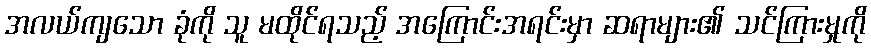
အလယ်ကျသော ခုံကို သူ မထိုင်ရသည့် အကြောင်းအရင်းမှာ ဆရာများ၏ သင်ကြားမှုကို